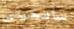
سامحينى